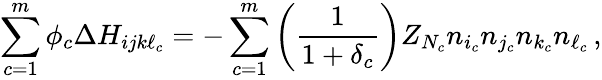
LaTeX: \sum_{c=1}^{m}\phi_{c}\Delta H_{ijk\ell_{c}}=-\sum_{c=1}^{m}\left(\frac{1}{1+\delta_{c}}\right)Z_{N_{c}}n_{i_{c}}n_{j_{c}}n_{k_{c}}n_{\ell_{c}}\, ,